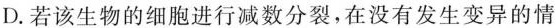
D.若该生物的细胞进行减数分裂，在没有发生变异的情